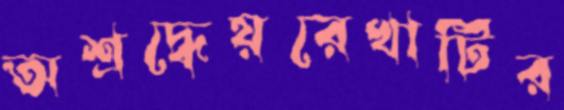
অশ্রদ্ধেয়রেখাটির